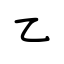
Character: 乙